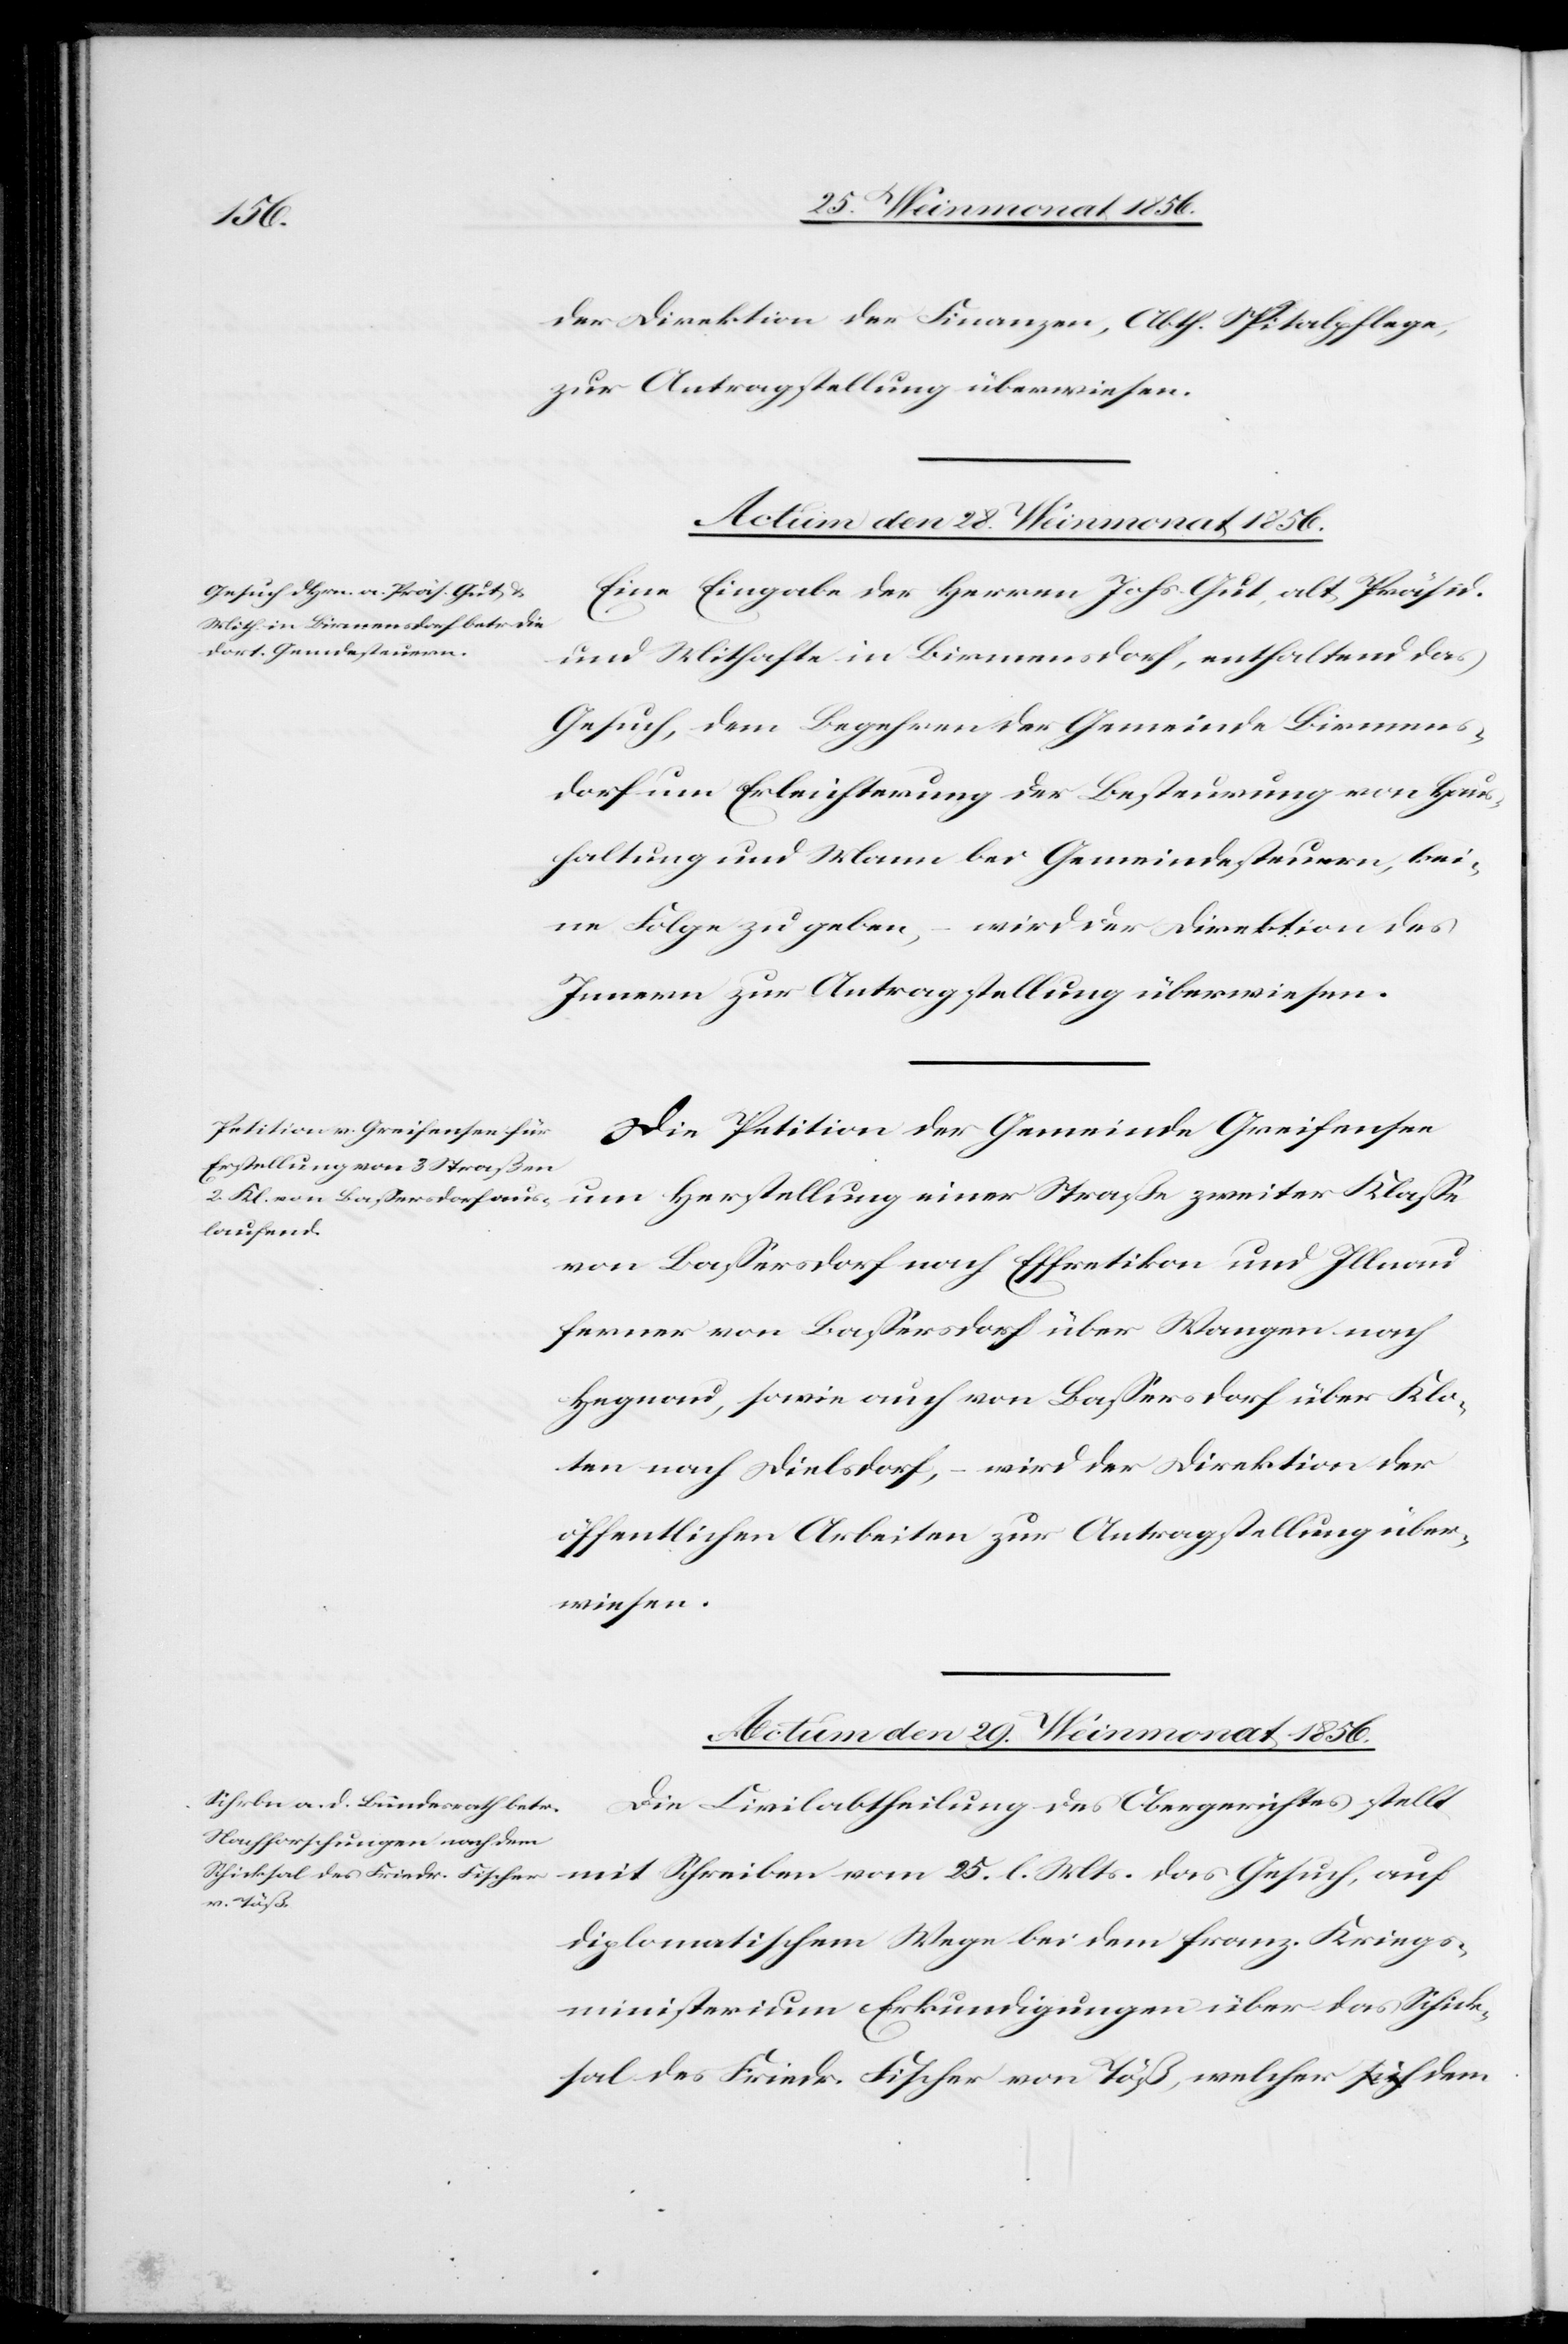
25.
der Direktion der Finanzen, Abth. Spitalpflege
zur Antragstellung überwiesen.
Actum den 28. Weinmonat 1856.]
Eine Eingabe der Herren Johs. Gut, alt Präsid.
das Gesuch, auf
und Mithafte in Birmensdorf, enthaltend das
Gesuch, dem Begehren der Gemeinde Birmens¬
dorf um Erleichterung der Besteurung von Hau¬
shaltung und Mann bei Gemeindesteuern, kei¬
ne Folge zu geben, – wird der Direktion des
Innern zur Antragstellung überwiesen.
Die Petition der Gemeinde Greifensee
um Herstellung einer Straße zweiter Klasse
von Bassersdorf nach Effretikon und Illnau
ferner von Bassersdorf über Wangen nach
Hegnau, sowie auch von Bassersdorf über Klo¬
ten nach Dielsdorf, – wird der Direktion der
öffentlichen Arbeiten zur Antragstellung über¬
wiesen.
Actum den 29. Weinmonat 1856.
Die Civilabtheilung des Obergerichtes stellt
l. Mts.
diplomatischem Wege bei dem franz. Kriegs¬
ministerium Erkundigungen über das Schick¬
sal des Friedr. Fischer von Töß, welcher dem